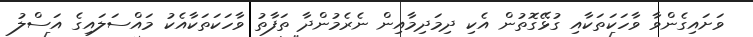
ވަށައިގެންވާ ވާހަކަތަކާއި ގުޅޭގޮތުން އެކި ދިމަދިމާއިން ނެރެމުންދާ ތަފާތު ވާހަކަތަކާއެކު މައްސަލައިގެ އަސްލު